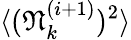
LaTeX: \langle(\mathfrak{N}_{k}^{(i+1)})^{2}\rangle